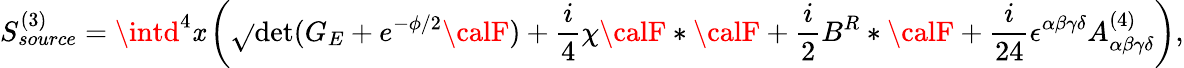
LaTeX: S_{source}^{(3)}=\intd^{4}\mathit{x}\left(\sqrt{}{{\operatorname*{det}(G_{E}+e^{-\phi/2}{\calF})}}+{\frac{{i}}{{4}}}\chi{\calF}*{\calF}+{\frac{{i}}{{2}}}B^{R}*{\calF}+{\frac{{i}}{{24}}}\epsilon^{\alpha\beta\gamma\delta}A_{\alpha\beta\gamma\delta}^{(4)}\right),